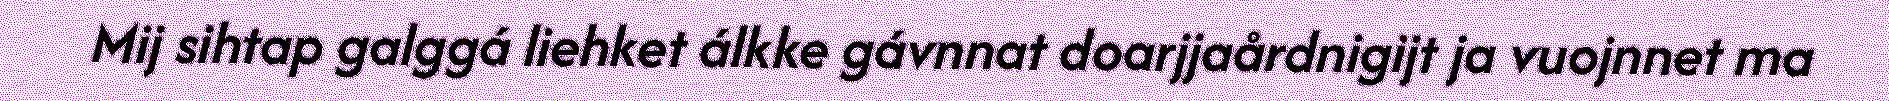
Mij sihtap galggá liehket álkke gávnnat doarjjaårdnigijt ja vuojnnet ma